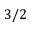
3 / 2